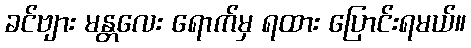
ခင်ဗျား မန္တလေး ရောက်မှ ရထား ပြောင်းရမယ်။